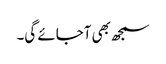
سمجھ بھی آجائے گی۔